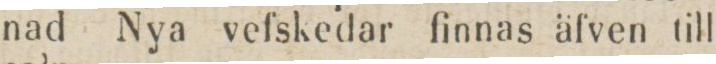
nad Nya vefskedar finnas äfven till